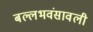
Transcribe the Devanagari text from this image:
बल्लभवंसावली